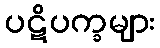
ပဋိပက္ခများ